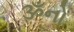
ૐનો